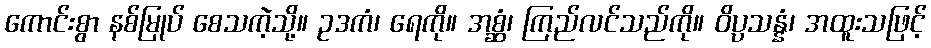
ကောင်းစွာ နစ်မြုပ် စေသကဲ့သို့။ ဥဒကံ၊ ရေကို။ အစ္ဆံ၊ ကြည်လင်သည်ကို။ ဝိပ္ပသန္နံ၊ အထူးသဖြင့်